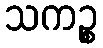
သကဉ္စ